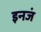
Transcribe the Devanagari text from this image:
इनजं